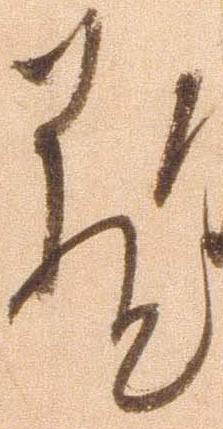
蔵